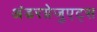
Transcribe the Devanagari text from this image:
अंडरग्रेजुएट्स